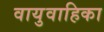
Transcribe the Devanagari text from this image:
वायुवाहिका